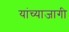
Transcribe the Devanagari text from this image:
यांच्याजागी